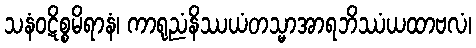
သနံဝဋိစ္စမိရာနံ၊ ကာရုညံနိဿယံတသ္မာအာရဘိဿံယထာဗလံ၊